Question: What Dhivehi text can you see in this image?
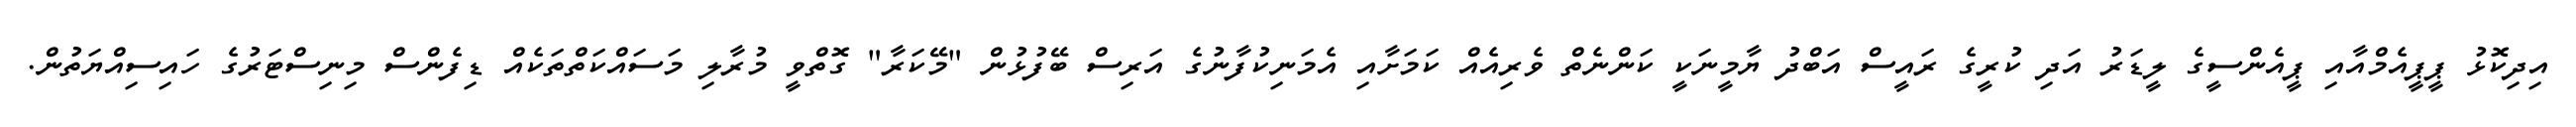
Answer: އިދިކޮޅު ޕީޕީއެމްއާއި ޕީއެންސީގެ ލީޑަރު އަދި ކުރީގެ ރައީސް އަބްދު ޔާމީނަކީ ކަންނެތް ވެރިއެއް ކަމަށާއި އެމަނިކުފާނުގެ އަރިސް ބޭފުޅުން "މޭކަރާ" ގޮތްވީ މުރާލި މަސައްކަތްތަކެއް ޑިފެންސް މިނިސްޓަރުގެ ހައިސިއްޔަތުން.